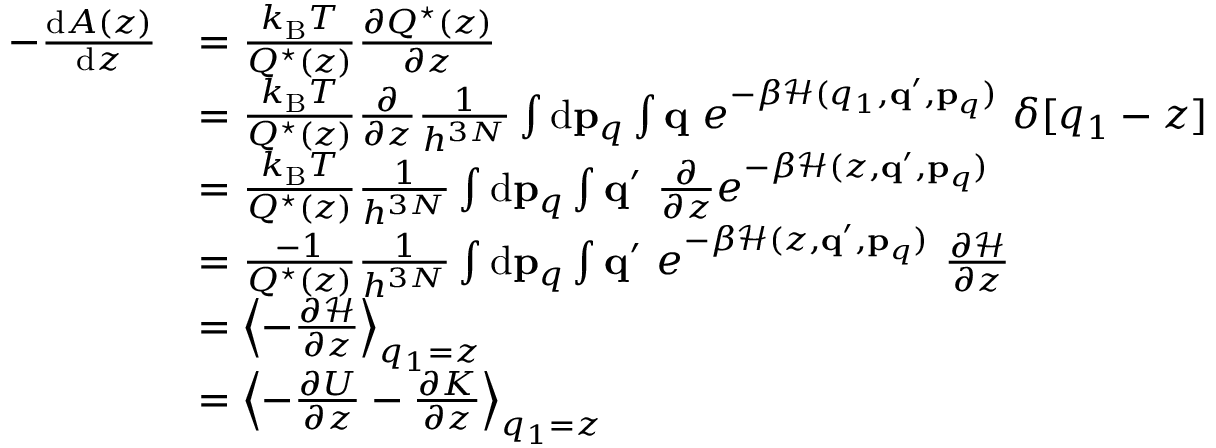
\begin{array} { r l } { - \frac { \ensuremath { \mathrm { d } } A ( z ) } { \ensuremath { \mathrm { d } } z } } & { = \frac { k _ { \mathrm { B } } T } { Q ^ { \star } ( z ) } \frac { \partial Q ^ { \star } ( z ) } { \partial z } } \\ & { = \frac { k _ { \mathrm { B } } T } { Q ^ { \star } ( z ) } \frac { \partial } { \partial z } \frac { 1 } { h ^ { 3 N } } \int \ensuremath { \mathrm { d } } \ensuremath { \mathbf { p } } _ { q } \int \ensuremath { \mathbf { q } } \ e ^ { - \beta \mathcal { H } ( q _ { 1 } , \ensuremath { \mathbf { q } } ^ { \prime } , \ensuremath { \mathbf { p } } _ { q } ) } \ \delta [ q _ { 1 } - z ] } \\ & { = \frac { k _ { \mathrm { B } } T } { Q ^ { \star } ( z ) } \frac { 1 } { h ^ { 3 N } } \int \ensuremath { \mathrm { d } } \ensuremath { \mathbf { p } } _ { q } \int \ensuremath { \mathbf { q } } ^ { \prime } \ \frac { \partial } { \partial z } e ^ { - \beta \mathcal { H } ( z , \ensuremath { \mathbf { q } } ^ { \prime } , \ensuremath { \mathbf { p } } _ { q } ) } } \\ & { = \frac { - 1 } { Q ^ { \star } ( z ) } \frac { 1 } { h ^ { 3 N } } \int \ensuremath { \mathrm { d } } \ensuremath { \mathbf { p } } _ { q } \int \ensuremath { \mathbf { q } } ^ { \prime } \ e ^ { - \beta \mathcal { H } ( z , \ensuremath { \mathbf { q } } ^ { \prime } , \ensuremath { \mathbf { p } } _ { q } ) } \ \frac { \partial \mathcal { H } } { \partial z } } \\ & { = \left< - \frac { \partial \mathcal { H } } { \partial z } \right> _ { q _ { 1 } = z } } \\ & { = \left< - \frac { \partial U } { \partial z } - \frac { \partial K } { \partial z } \right> _ { q _ { 1 } = z } } \end{array}